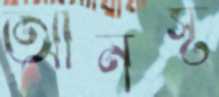
আনর্স্ট